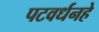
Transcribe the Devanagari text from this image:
पटवर्धनहे